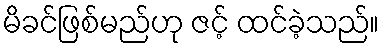
မိခင်ဖြစ်မည်ဟု ဇင့် ထင်ခဲ့သည်။